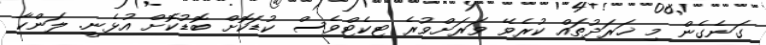
ގަނެގެން މި ޚަރަދުތައް ކުރެވޭ ވަރަށްވުރެ ޓިކެޓްވެސް ކުޑަކޮށް ބޮޑުކޮށް އުޅެނީ. ލަންކާ